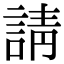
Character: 請